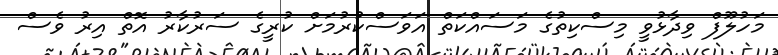
މަހުލޫފް ވިދާޅުވީ މިސްކިތުގެ މަސައްކަތް އަވަސްކުރުމަށް ކުރީގެ ސަރުކާރު އޮތް އިރު ވެސް